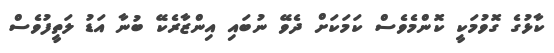
ކާޅުގެ ގޮވުމަކީ ކޮންމެވެސް ކަމަކަށް ދެވޭ ނުބައި އިންޒާރެކޭ ބުނާ އަޑު ލަތީފުވެސް